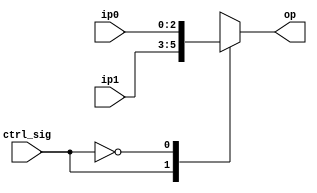
module mux2to1_3b__useless (ip0,ip1, ctrl_sig, op);
input wire [2:0] ip1,ip0;
input wire  ctrl_sig ;
output reg [2:0] op;
 
always @(*)
begin
case(ctrl_sig)
 1:begin op=ip1; end
 0:begin op=ip0; end
endcase
end
endmodule